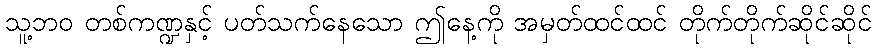
သူ့ဘဝ တစ်ကဏ္ဍနှင့် ပတ်သက်နေသော ဤနေ့ကို အမှတ်ထင်ထင် တိုက်တိုက်ဆိုင်ဆိုင်